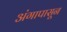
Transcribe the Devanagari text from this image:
अंगापासून